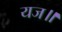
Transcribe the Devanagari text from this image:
यज॥